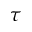
\tau